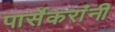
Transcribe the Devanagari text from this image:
पार्सेकरांंनी